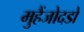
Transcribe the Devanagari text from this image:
मुहैंजोदडो